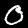
Digit: 0